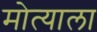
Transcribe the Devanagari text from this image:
मोत्याला